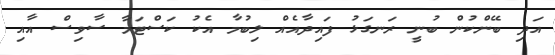
އަދި ބޭންކުން ބުނީ ރަނގަޅު ފައިދާއެއް ލިބުމާ އެކު ކަސްޓަމާ ސާވިސް އާއި